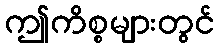
ဤကိစ္စများတွင်